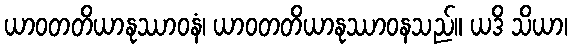
ယာဝတတိယာနုဿာဝနံ၊ ယာဝတတိယာနုဿာဝနသည်။ ယဒိ သိယာ၊